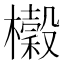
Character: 𭬨